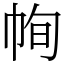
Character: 㡄